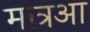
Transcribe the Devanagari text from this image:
मात्रआ